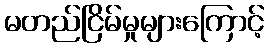
မတည်ငြိမ်မှုများကြောင့်